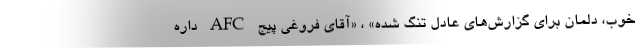
خوب، دلمان برای گزارش‌های عادل تنگ شده» ، «آقای فروغی پیج AFC داره